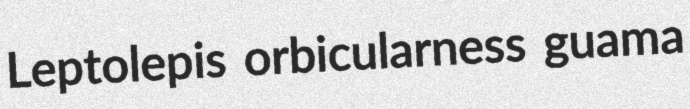
Leptolepis orbicularness guama